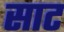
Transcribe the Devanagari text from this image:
साट